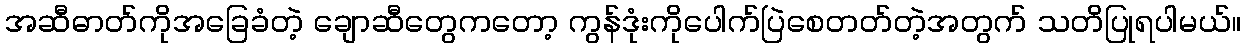
အဆီဓာတ်ကိုအခြေခံတဲ့ ချောဆီတွေကတော့ ကွန်ဒုံးကိုပေါက်ပြဲစေတတ်တဲ့အတွက် သတိပြုရပါမယ်။